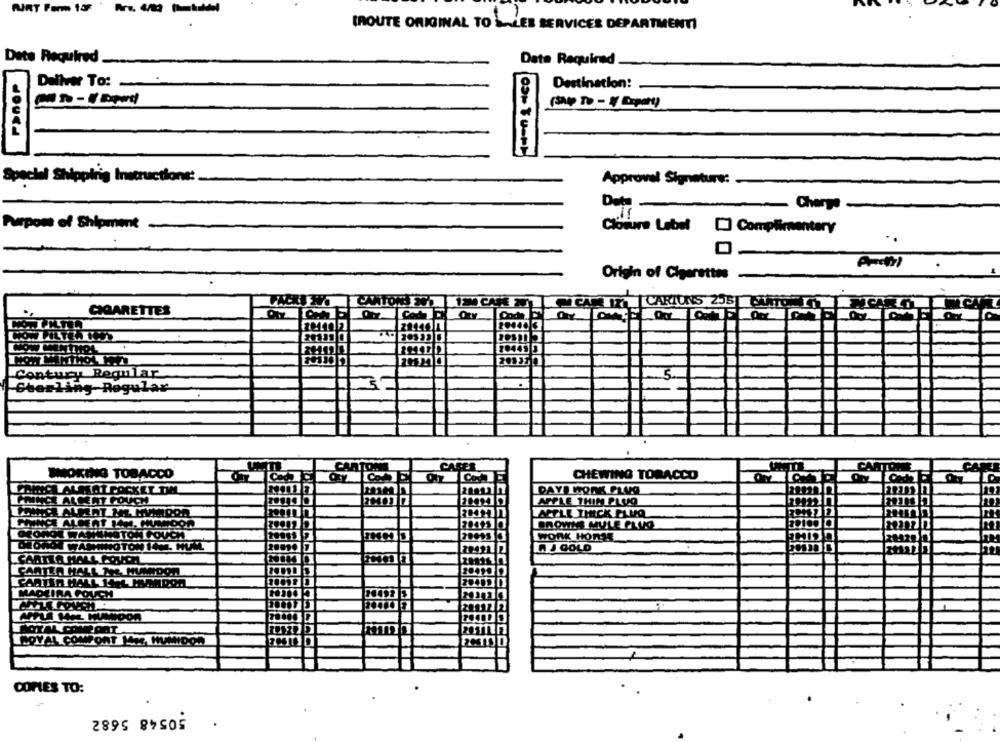
---
IROUTE ORIGINAL TO
LES SERVICES DEPARTMENTI
Date Required
Date Required
Deliver To:
Destination:
Special Shipping Instructions:
Approval Signature:
Data
-Charge
Purpose of Shipment
Cloture Label [] Complimentary
..
0-
Origin of Cigarettes
CANTOR
CIGARETTES
CARIUNS 255| CAMIONERO
ntury Regular
erling-Regular
CARTON
CAFER
SMOKING TOBACCO
CHEWING TOBACCO
CARTE
Co.
E
LALMAL POCKET DIM
DAY! WORK.PLUS
ALKENT POUCH
APPLE THIN PLUS
LACELE THICK PLUQ
BROWNS MULE PLUS
WOL WANTNOTCH COUCH
WORK HORSE
20
A J GOLD
ATLA MALL COUCH
ARTER HALL TAL. MUMDON
ARTER HALL INFL MANDO
DEIRA FOUCH
20492 3
MITLA WAL HUMIDOR
AOYAL CONFORT
OYAL COMPONT M427 MUMI
COPIES TO:
1.
50548 5682